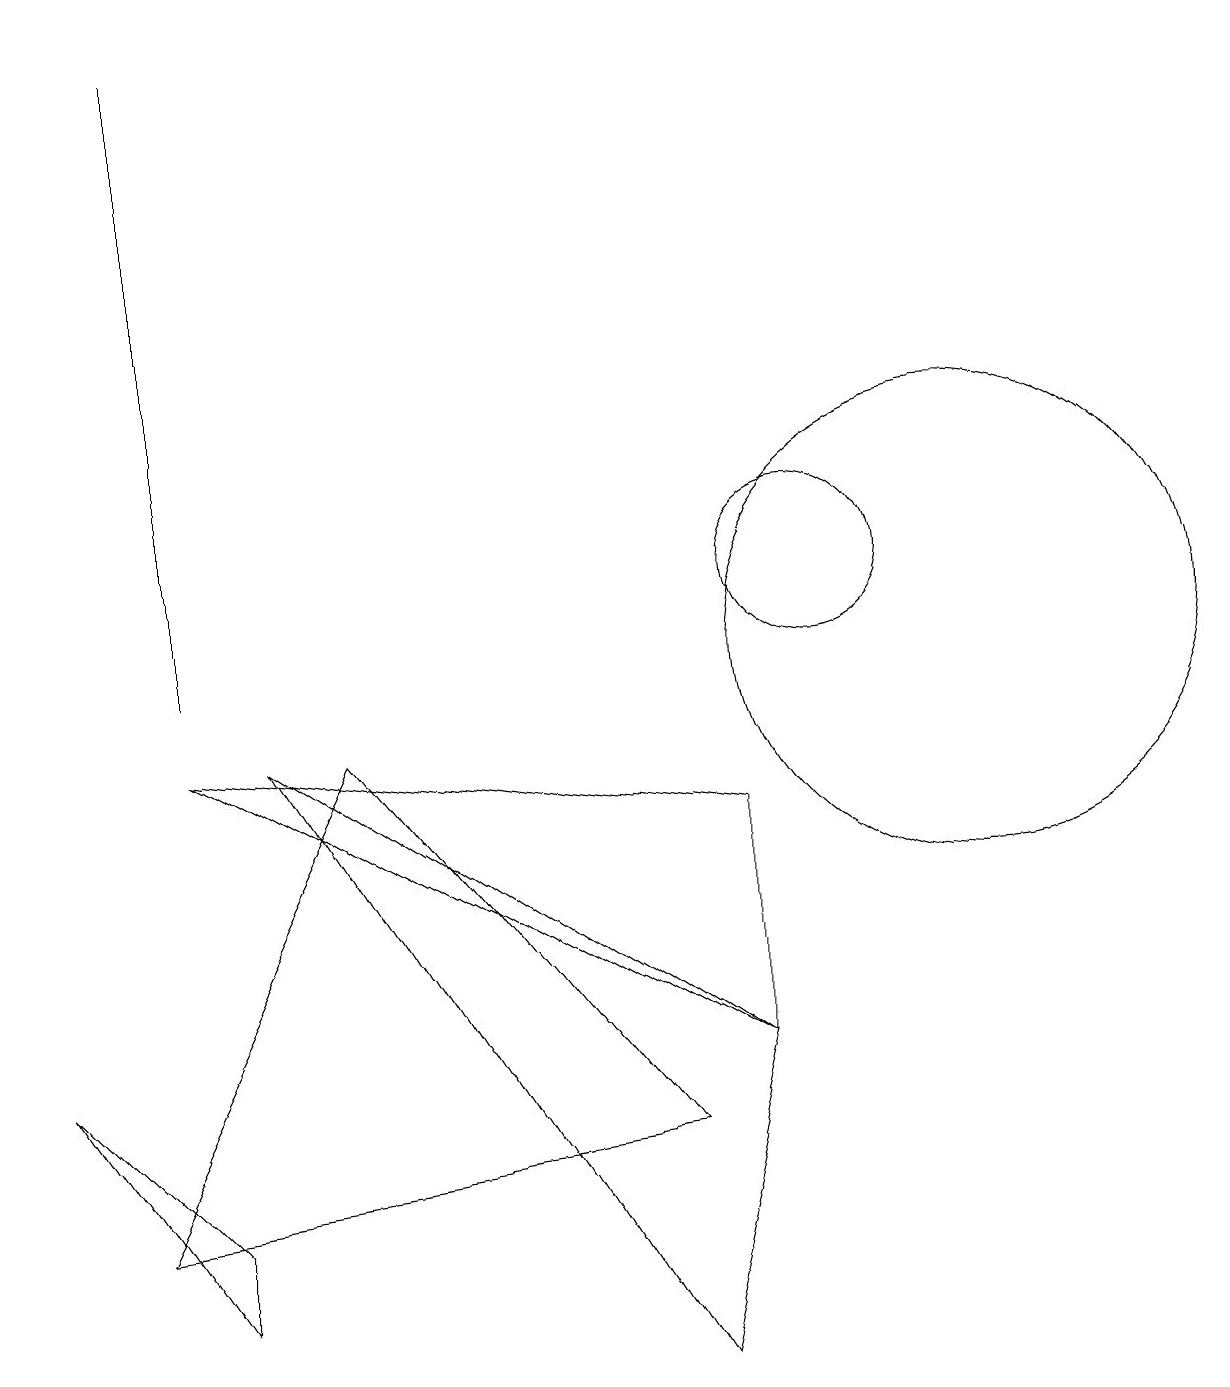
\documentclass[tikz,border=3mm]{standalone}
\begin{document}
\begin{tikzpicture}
\draw (10,11) circle (1);
\draw (12,10) circle (3);
\draw (9,8) -- (9,5) -- (2,9) -- cycle;
\draw (1,3) -- (4,9) -- (8,4) -- cycle;
\draw (3,9) -- (8,1) -- (9,5) -- cycle;
\draw (2,2) -- (2,3) -- (0,5) -- cycle;
\draw (2,10) rectangle (2,18);
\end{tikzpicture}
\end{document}